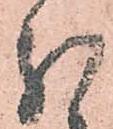
分